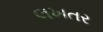
લખતર